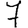
Digit: 7